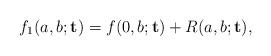
LaTeX: \begin{align*}f_1(a,b;\mathbf{t})=f(0,b;\mathbf{t})+R(a,b;\mathbf{t}),\end{align*}